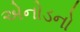
એનોડનો